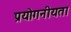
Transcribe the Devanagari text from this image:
प्रयोगनीयता